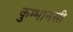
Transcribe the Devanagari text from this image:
कुम्भानसी